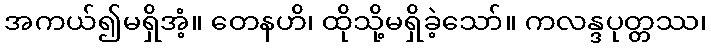
အကယ်၍မရှိအံ့။ တေနဟိ၊ ထိုသို့မရှိခဲ့သော်။ ကလန္ဒပုတ္တဿ၊